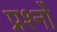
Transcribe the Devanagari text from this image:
प्रश्नोँ